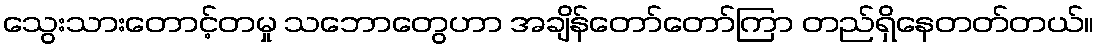
သွေးသားတောင့်တမှု သဘောတွေဟာ အချိန်တော်တော်ကြာ တည်ရှိနေတတ်တယ်။